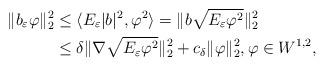
LaTeX: \begin{align*}\|b_\varepsilon \varphi\|_2^2 &\leq \langle E_\varepsilon |b|^2,\varphi^2\rangle=\|b\sqrt{E_\varepsilon \varphi^2}\|^2_2 \\&\leq \delta\|\nabla\sqrt{E_\varepsilon \varphi^2}\|_2^2+c_\delta\|\varphi\|_2^2, \varphi \in W^{1,2},\end{align*}